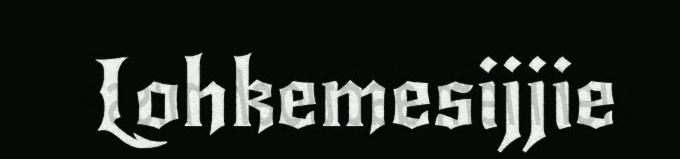
Lohkemesijjie